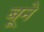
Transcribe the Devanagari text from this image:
बूने